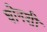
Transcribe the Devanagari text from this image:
घोनशी